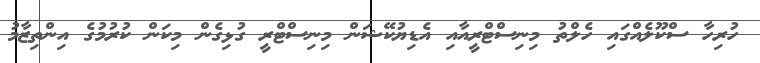
ހުރިހާ ސްކޫލެއްގައި ހެލްތު މިނިސްޓްރީއާއި އެޑިޔުކޭޝަން މިނިސްޓްރީ ގުޅިގެން މިކަން ކުރުމުގެ އިންތިޒާމު